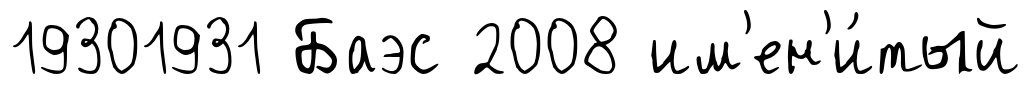
19301931 Баэс 2008 им'ен'и́тый